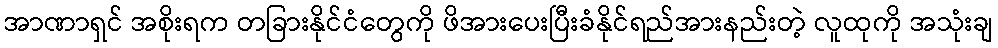
အာဏာရှင် အစိုးရက တခြားနိုင်ငံတွေကို ဖိအားပေးပြီးခံနိုင်ရည်အားနည်းတဲ့ လူထုကို အသုံးချ